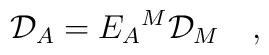
{\cal D}_A = E_A{}^{M} {\cal D}_M\quad,